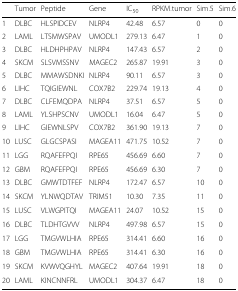
|  | Tumor | Peptide | Gene | IC50 | RPKM.tumor | Sim.5 | Sim.6 |
 | --- | --- | --- | --- | --- | --- | --- | --- |
 | 1 | DLBC | HLSPIDCEV | NLRP4 | 42.48 | 6.57 | 0 | 0 |
 | 2 | LAML | LTSMWSPAV | UMODL1 | 279.13 | 6.47 | 1 | 0 |
 | 3 | DLBC | HLDHPHPAV | NLRP4 | 147.43 | 6.57 | 2 | 0 |
 | 4 | SKCM | SLSVMSSNV | MAGEC2 | 265.87 | 19.91 | 3 | 0 |
 | 5 | DLBC | MMAWSDNKI | NLRP4 | 90.11 | 6.57 | 3 | 0 |
 | 6 | LIHC | TQIGIEWNL | COX7B2 | 229.74 | 19.13 | 4 | 0 |
 | 7 | DLBC | CLFEMQDPA | NLRP4 | 37.51 | 6.57 | 5 | 0 |
 | 8 | LAML | YLSHPSCNV | UMODL1 | 16.04 | 6.47 | 5 | 0 |
 | 9 | LIHC | GIEWNLSPV | COX7B2 | 361.90 | 19.13 | 7 | 0 |
 | 10 | LUSC | GLGCSPASI | MAGEA11 | 471.75 | 10.52 | 7 | 0 |
 | 11 | LGG | RQAFEFPQI | RPE65 | 456.69 | 6.60 | 7 | 0 |
 | 12 | GBM | RQAFEFPQI | RPE65 | 456.69 | 6.30 | 7 | 0 |
 | 13 | DLBC | GMWTDTFEF | NLRP4 | 172.47 | 6.57 | 10 | 0 |
 | 14 | SKCM | YLNWQDTAV | TRIM51 | 10.30 | 7.35 | 11 | 0 |
 | 15 | LUSC | VLWGPITQI | MAGEA11 | 24.07 | 10.52 | 15 | 0 |
 | 16 | DLBC | TLDHTGVVV | NLRP4 | 497.98 | 6.57 | 15 | 0 |
 | 17 | LGG | TMGVWLHIA | RPE65 | 314.41 | 6.60 | 16 | 0 |
 | 18 | GBM | TMGVWLHIA | RPE65 | 314.41 | 6.30 | 16 | 0 |
 | 19 | SKCM | KVWVQGHYL | MAGEC2 | 407.64 | 19.91 | 18 | 0 |
 | 20 | LAML | KINCNNFRL | UMODL1 | 304.37 | 6.47 | 18 | 0 |